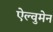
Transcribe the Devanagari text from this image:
ऐल्वुमेन